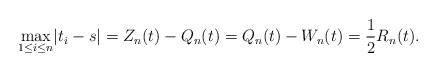
\begin{gather*}\underset{1\leq i\leq n} \max|t_i - s| = Z_n(t) -Q_n(t) = Q_n(t) - W_n(t) =\frac{1}{2}R_n(t).\end{gather*}